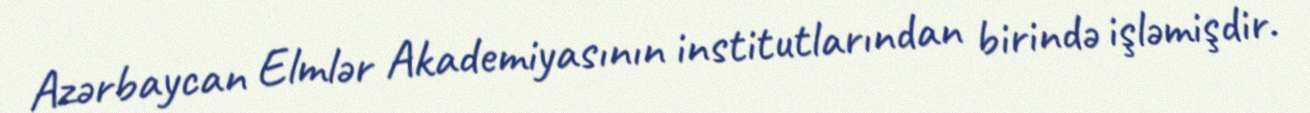
Azərbaycan Elmlər Akademiyasının institutlarından birində işləmişdir.